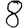
Digit: 8